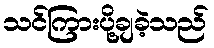
သင်ကြားပို့ချခဲ့သည်